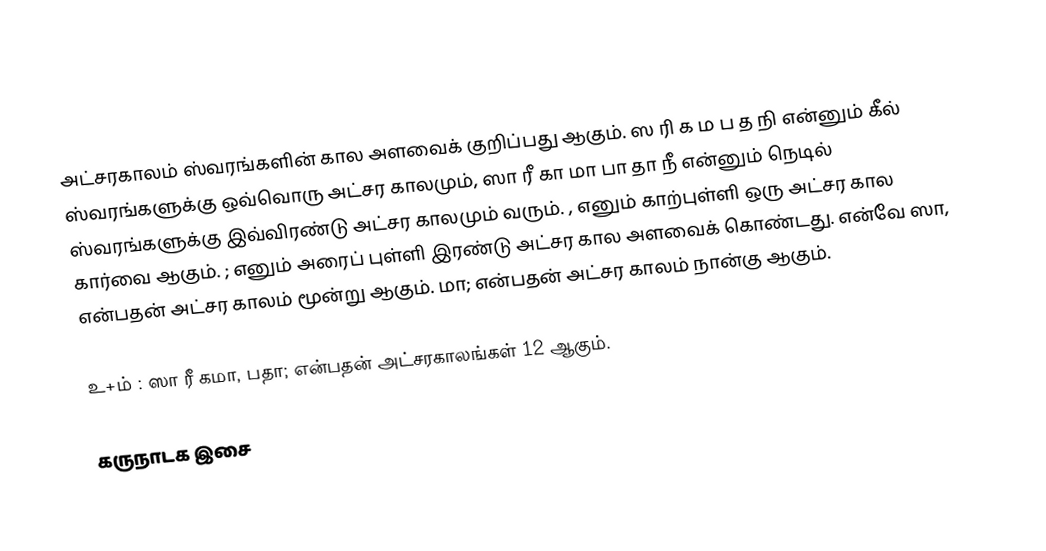
அட்சரகாலம் ஸ்வரங்களின் கால அளவைக் குறிப்பது ஆகும். ஸ ரி க ம ப த நி என்னும் கீல் ஸ்வரங்களுக்கு ஒவ்வொரு அட்சர காலமும், ஸா ரீ கா மா பா தா நீ என்னும் நெடில் ஸ்வரங்களுக்கு இவ்விரண்டு அட்சர காலமும் வரும். , எனும் காற்புள்ளி ஒரு அட்சர கால கார்வை ஆகும். ; எனும் அரைப் புள்ளி இரண்டு அட்சர கால அளவைக் கொண்டது. என்வே ஸா, என்பதன் அட்சர காலம் மூன்று ஆகும். மா; என்பதன் அட்சர காலம் நான்கு ஆகும்.

உ+ம் :	ஸா ரீ கமா, பதா; என்பதன் அட்சரகாலங்கள் 12 ஆகும்.

கருநாடக இசை